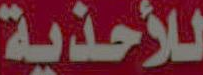
للأحذية